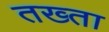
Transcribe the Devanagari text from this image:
तख्‍ता